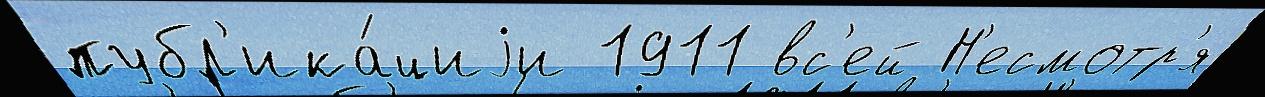
публ'ика́циjи 1911 вс'ей Н'есмотр'я